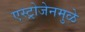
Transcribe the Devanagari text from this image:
एस्ट्रोजेनमुळे